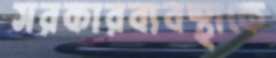
সরকারব্যবস্থাকে